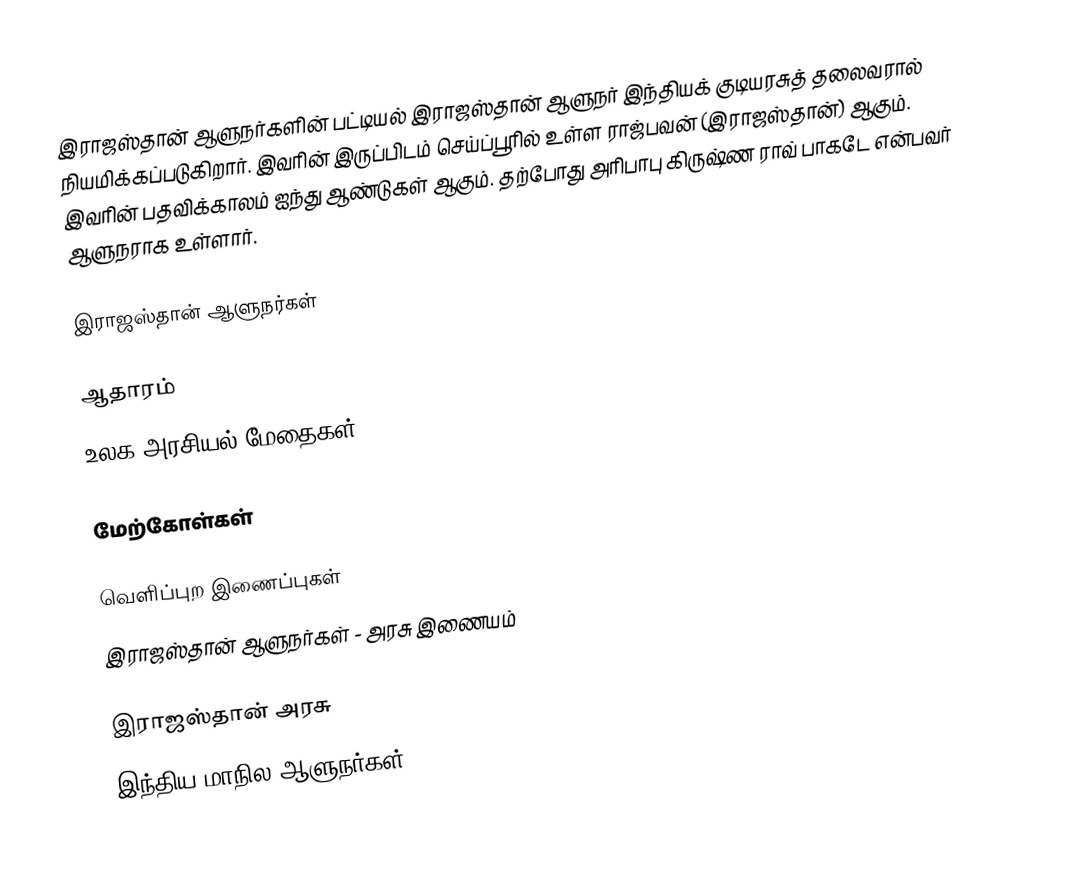
இராஜஸ்தான் ஆளுநர்களின் பட்டியல் இராஜஸ்தான் ஆளுநர் இந்தியக் குடியரசுத் தலைவரால் நியமிக்கப்படுகிறார். இவரின் இருப்பிடம் செய்ப்பூரில் உள்ள ராஜ்பவன் (இராஜஸ்தான்) ஆகும். இவரின் பதவிக்காலம் ஐந்து ஆண்டுகள் ஆகும். தற்போது அரிபாபு கிருஷ்ண ராவ் பாகடே என்பவர் ஆளுநராக உள்ளார்.

இராஜஸ்தான் ஆளுநர்கள்

ஆதாரம்
 உலக அரசியல் மேதைகள்

மேற்கோள்கள்

வெளிப்புற இணைப்புகள்
 இராஜஸ்தான் ஆளுநர்கள் - அரசு இணையம்

இராஜஸ்தான் அரசு
இந்திய மாநில ஆளுநர்கள்